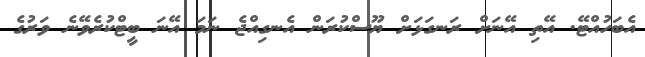
އެބަހުއްޓޭ. އޭތި އޭނަށް ރަނގަޅަށް ޔޫސްކުރަން އެނގިއްޖެ ނަމަ އޭނަ ބީޓްކުރެވޭނެ ވަރުގެ